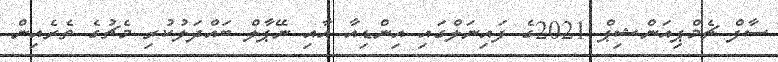
ސާފް ޗެމްޕިއަންޝިޕް 2021ގެ ފައިނަލްގައި އިންޑިއާ އާއި ނޭޕާލް ބައްދަލުކުރި މެޗުގެ ތެރެއިން